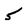
Character: 5